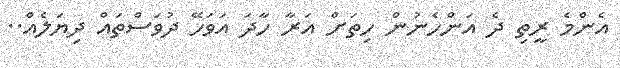
އެންމެ ރީތި ދެ އަންހެނުން ހިތަށް އަރާ ހާދަ އަވަހޭ ދުވަސްތައް ދިޔަލެއް..